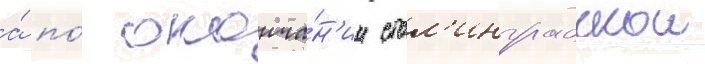
а́ по́ оконча́н'ии стал'инградскои